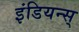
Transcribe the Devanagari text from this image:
इंडियन्स्